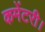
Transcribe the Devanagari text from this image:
कमेंटरी।